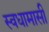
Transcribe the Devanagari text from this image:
स्वधामासी